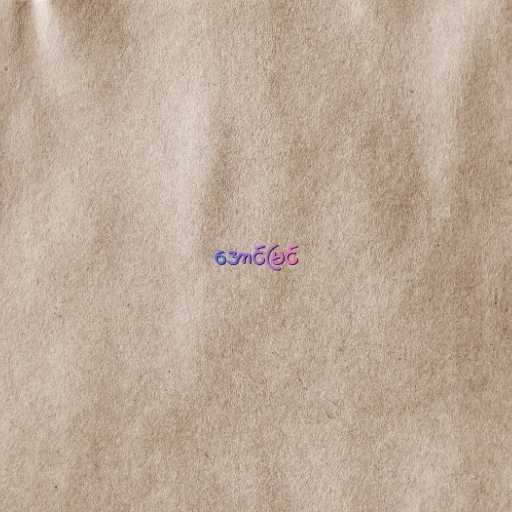
အောင်မြင်